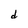
Character: d